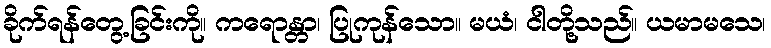
ခိုက်ရန်တွေ့ခြင်းကို။ ကရောန္တာ၊ ပြုကုန်သော။ မယံ၊ ငါတို့သည်။ ယမာမသေ၊